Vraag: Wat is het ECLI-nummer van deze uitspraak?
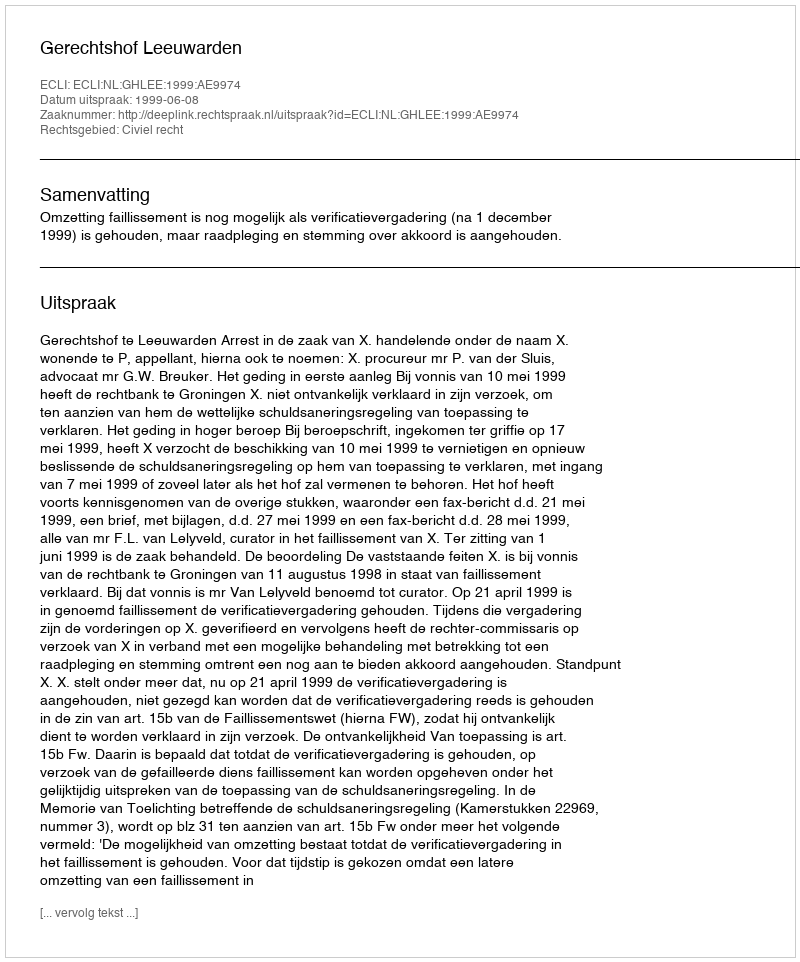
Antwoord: ECLI:NL:GHLEE:1999:AE9974